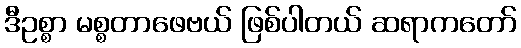
ဒီဥစ္စာ မစ္စတာဖေဗယ် ဖြစ်ပါတယ် ဆရာကတော်